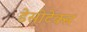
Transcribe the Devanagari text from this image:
डेसीटेक्स